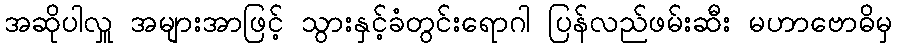
အဆိုပါလှူ အများအာဖြင့် သွားနှင့်ခံတွင်းရောဂါ ပြန်လည်ဖမ်းဆီး မဟာဗောဓိမှ